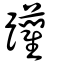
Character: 躪